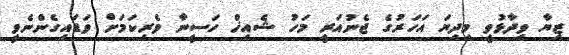
ޒިޔާ ވިދާޅުވީ މިދިޔަ އަހަރުގެ ޖެނުއަރީ މަހު ޝެއިޚް ހަސީނާ ވެރިކަމަަށް ވަޑައިގެންނެވީ